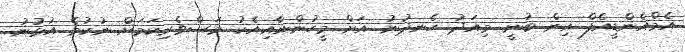
އެމްއެންޑީއެފް އިން ބުނީ މިއަދު ހެނދުނު އަށް މީހުންނާއިއެކު މަސްވެރިކަމަށް ނުކުމެ އުޅުނު